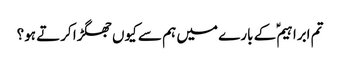
تم ابراہیمؑ کے بارے میں ہم سے کیوں جھگڑا کرتے ہو؟